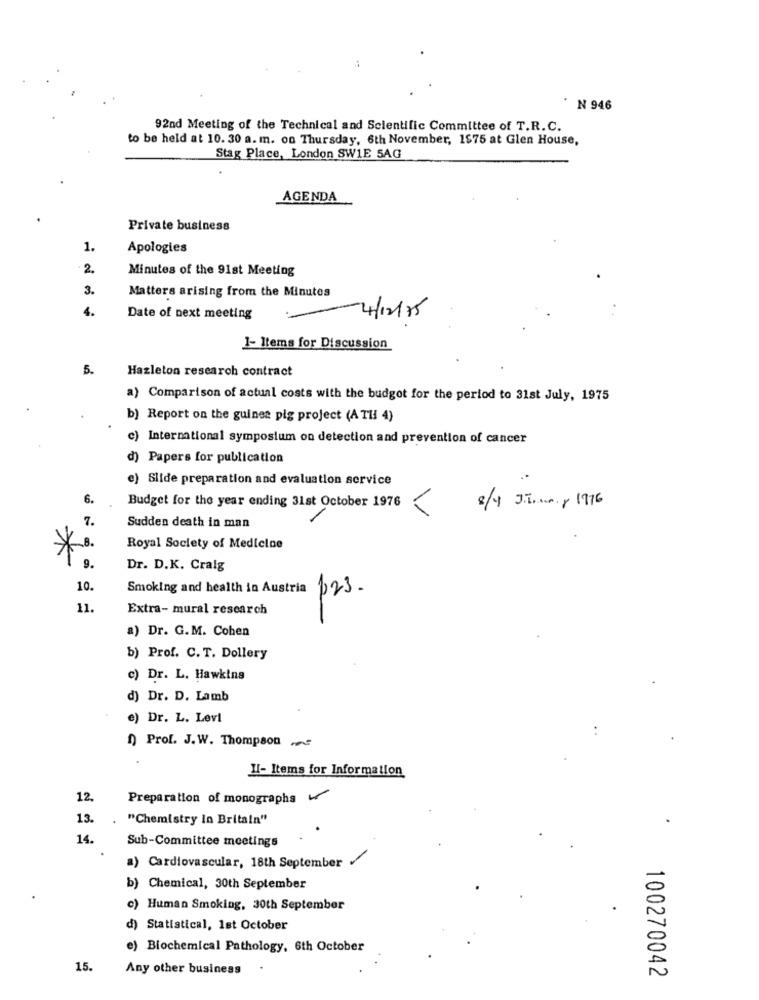
* N 946
92nd Meeting of the Technical and Scientific Committee of T.R. C.
to be held at 10. 30 a. m. on Thursday, 6th November, 1$75 at Glen House,
Stag Place, London SW1E SAG
AGENDA
Private business
1.
Apologies
2.
Minutes of the 91st Meeting
3.
Matters arising from the Minutes
4.
Date of next meeting
7/12/75
1- Items for Discussion
5.
Hazleton research contract
a) Comparison of actual costs with the budget for the period to 31st July, 1975
b) Report on the guinea pig project (ATH 4)
c) International symposium on detection and prevention of cancer
d) Papers for publication
e) Slide preparation and evaluation service
..
6.
Budget for the year ending 31st October 1976
8/4 J.Inny 1976
7.
Sudden death in man
*8
Royal Society of Medicine
9.
Dr. D.K. Craig
10.
Smoking and health in Austria 123.
11.
Extra- mural research
a) Dr. G.M. Cohen
b) Prof. C. T. Dollery
c) Dr. L. Hawkins
d) Dr. D. Lamb
e) Dr. L. Levi
1) Prof. J.W. Thompson ~
Il- Items for Information
12.
Preparation of monographs
13.
"Chemistry in Britain"
14.
Sub-Committee meetings
a) Cardiovascular, 18th September
b) Chemical, 30th September
c) Human Smoking, 30th September
d) Statistical, 1st October
e) Biochemical Pathology, 6th October
15.
Any other business
100270042